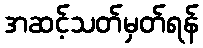
အဆင့်သတ်မှတ်ရန်